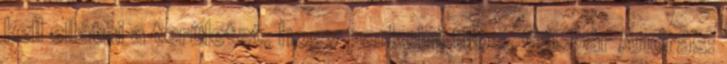
kell ellátni a területet, hogy parkolni tilos. Gáspár András: